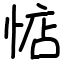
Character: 惦